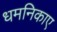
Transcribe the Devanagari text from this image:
धमनिकाए